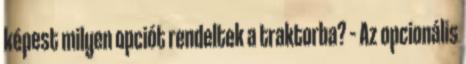
képest milyen opciót rendeltek a traktorba? – Az opcionális